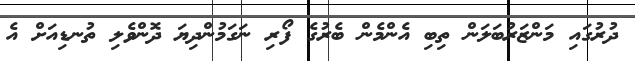
ދުރުގައި މަންޒަރުބަލަން ތިބި އެންމެން ބެރުގެ ފޯރި ނަގަމުންދިޔަ ދޮންވެލި ތުނޑިއަށް އެ